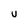
Character: U